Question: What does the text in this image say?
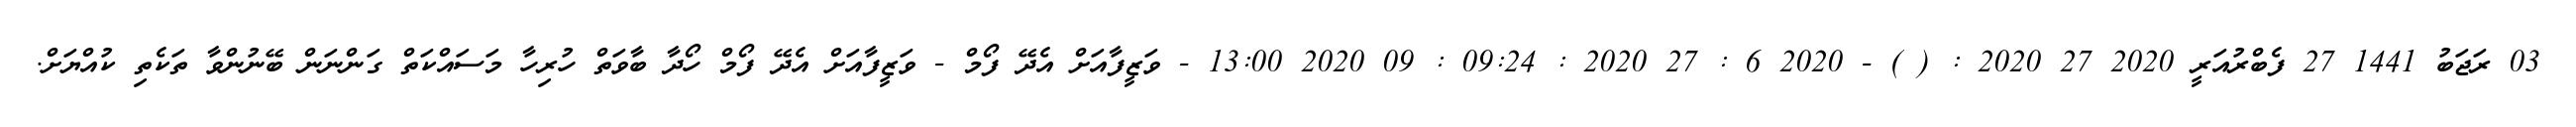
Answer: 03 ރަޖަބު 1441 27 ފެބްރުއަރީ 2020 27 2020 : ( ) - 2020 6 : 27 2020 : 09:24 : 09 2020 13:00 - ވަޒީފާއަށް އެދޭ ފޯމް - ވަޒީފާއަށް އެދޭ ފޯމް ހޯދާ ބާވަތް ހުރިހާ މަސައްކަތް ގަންނަން ބޭނުންވާ ތަކެތި ކުއްޔަށް.